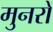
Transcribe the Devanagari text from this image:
मुनरों